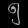
Digit: ၅